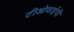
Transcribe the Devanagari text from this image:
टीओवाईपी